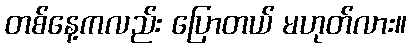
တစ်နေ့ကလည်း ပြောတယ် မဟုတ်လား။